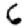
Digit: 6